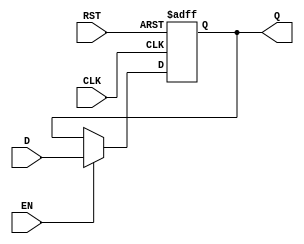
module BarrierRegister (
    input wire [N-1:0] D,    // Data input
    input wire EN,            // Enable signal
    input wire CLK,           // Clock signal
    input wire RST,           // Asynchronous reset
    output reg [N-1:0] Q      // Data output
);
    parameter N = 8;          // Width of the register, can be adjusted as needed

    // Asynchronous reset and clock edge detection
    always @(posedge CLK or posedge RST) begin
        if (RST) begin
            Q <= {N{1'b0}};    // Reset output to 0
        end else if (EN) begin
            Q <= D;            // Capture data on clock edge if enabled
        end
        // If EN is low, Q retains its previous value
    end

endmodule